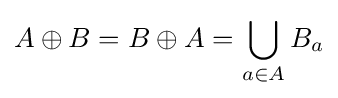
A\oplus B=B\oplus A=\bigcup _{a\in A}B_{a}